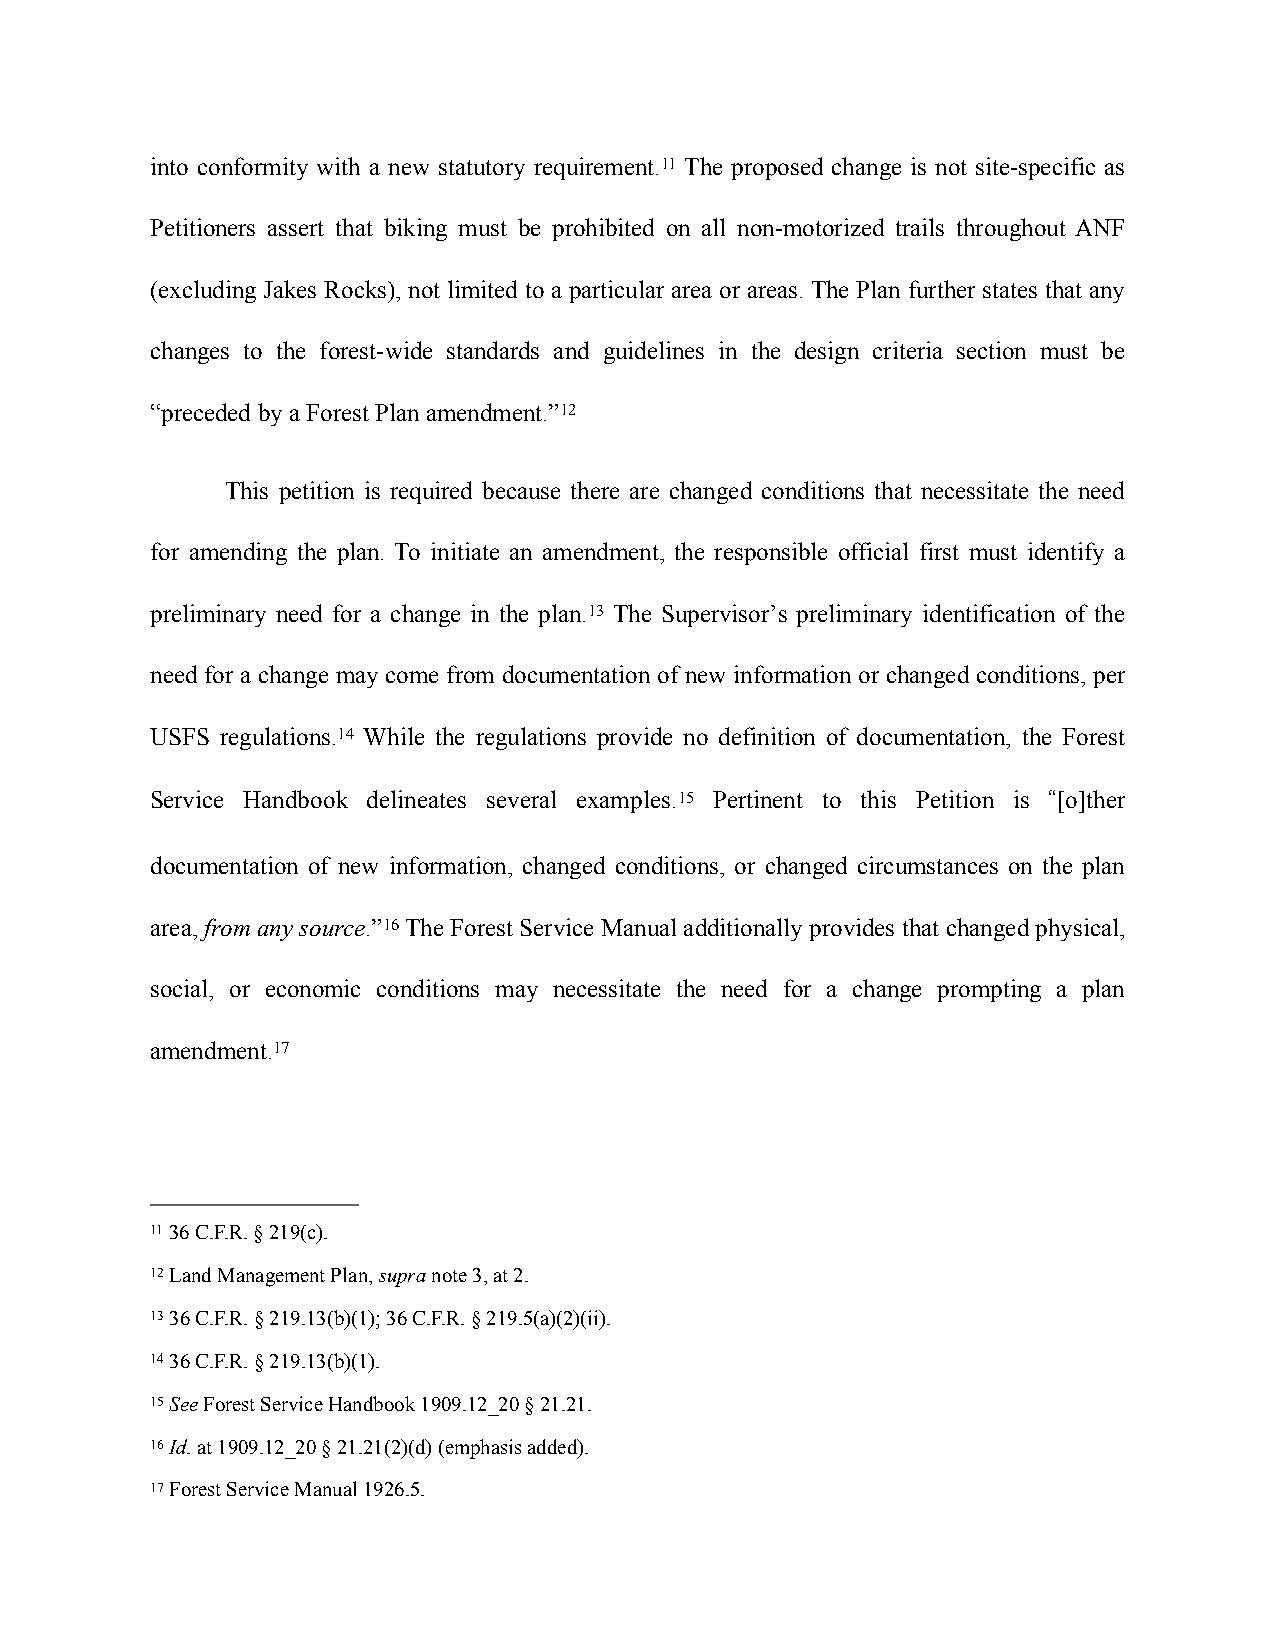
into conformity with a new statutory requirement.11 The proposed change is not site-specific as
 Petitioners assert that biking must be prohibited on all non-motorized trails throughout ANF
 (excluding Jakes Rocks), not limited to a particular area or areas. The Plan further states that any
 changes to the forest-wide standards and guidelines in the design criteria section must be
 “preceded by a Forest Plan amendment.”12
 This petition is required because there are changed conditions that necessitate the need
 for amending the plan. To initiate an amendment, the responsible official first must identify a
 preliminary need for a change in the plan.13 The Supervisor’s preliminary identification of the
 need for a change may come from documentation of new information or changed conditions, per
 USFS regulations.14 While the regulations provide no definition of documentation, the Forest
 Service Handbook delineates several examples.15 Pertinent to this Petition is “[o]ther
 documentation of new information, changed conditions, or changed circumstances on the plan
 area, from any source.”16 The Forest Service Manual additionally provides that changed physical,
 social, or economic conditions may necessitate the need for a change prompting a plan
 amendment.17
 11 36 C.F.R. § 219(c).
 12 Land Management Plan, supra note 3, at 2.
 13 36 C.F.R. § 219.13(b)(1); 36 C.F.R. § 219.5(a)(2)(ii).
 14 36 C.F.R. § 219.13(b)(1).
 15 See Forest Service Handbook 1909.12_20 § 21.21.
 16 Id. at 1909.12_20 § 21.21(2)(d) (emphasis added).
 17 Forest Service Manual 1926.5.